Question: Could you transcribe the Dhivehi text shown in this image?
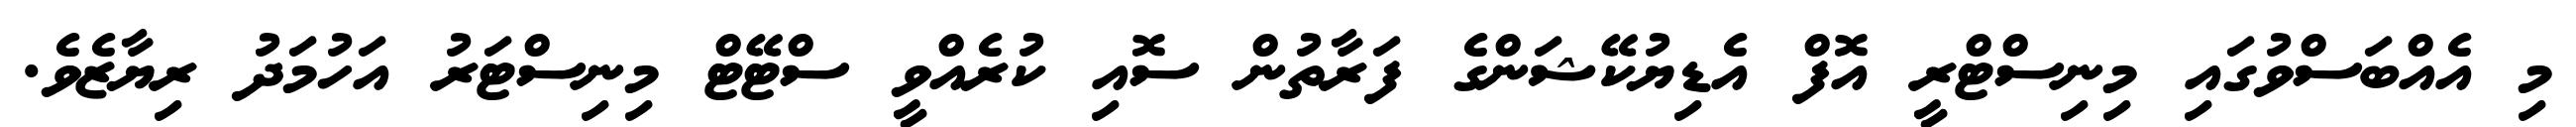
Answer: މި އެއްބަސްވުގައި މިނިސްޓްރީ އޮފް އެޑިޔުކޭޝަންގެ ފަރާތުން ސޮއި ކުރެއްވީ ސްޓޭޓް މިނިސްޓަރު އަހުމަދު ރިޔާޒެވެ.